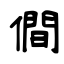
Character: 僴